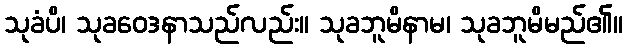
သုခံပိ၊ သုခဝေဒနာသည်လည်း။ သုခဘူမိနာမ၊ သုခဘူမိမည်၏။